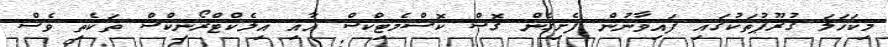
މިކަހަލަ ގުރޫޕުތަކުގައި ފައިވާނުން ފެށިގެން ގޮސް ކޮސްމެޓިކްސް އާއި އިލެކްޓްރޯނިކްސް ތަކެތި ވެސް